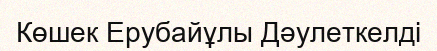
Көшек Ерубайұлы Дәулеткелді